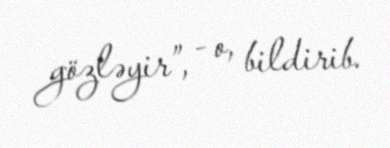
gözləyir”, - o, bildirib.